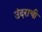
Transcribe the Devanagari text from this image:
उंदराची